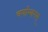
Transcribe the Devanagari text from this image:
चर्माम्बरम्